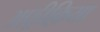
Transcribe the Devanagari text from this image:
अफ़्रीक़िया